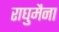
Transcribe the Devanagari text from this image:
राघुमैना